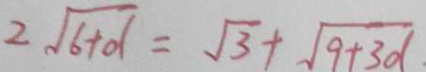
2 \sqrt { 6 + d } = \sqrt { 3 } + \sqrt { 9 + 3 d }